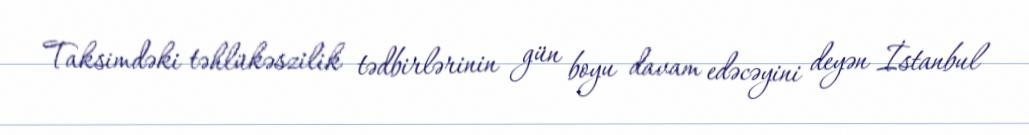
Taksimdəki təhlükəszilik tədbirlərinin gün boyu davam edəcəyini deyən İstanbul